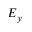
E _ { y }